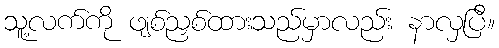
သူ့လက်ကို ဖျစ်ညှစ်ထားသည်မှာလည်း နာလှပြီ။